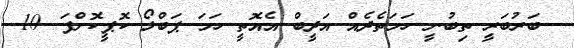
ބަރުބަރީ ތިބުނީ ހަމަތެދެއް އަދީބް އެެއޮތީ ހަމަ ޕަބްލޯ ކޮޕީކޮށްފަ. 10